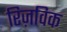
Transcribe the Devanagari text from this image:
रिज़विक